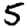
Digit: 5